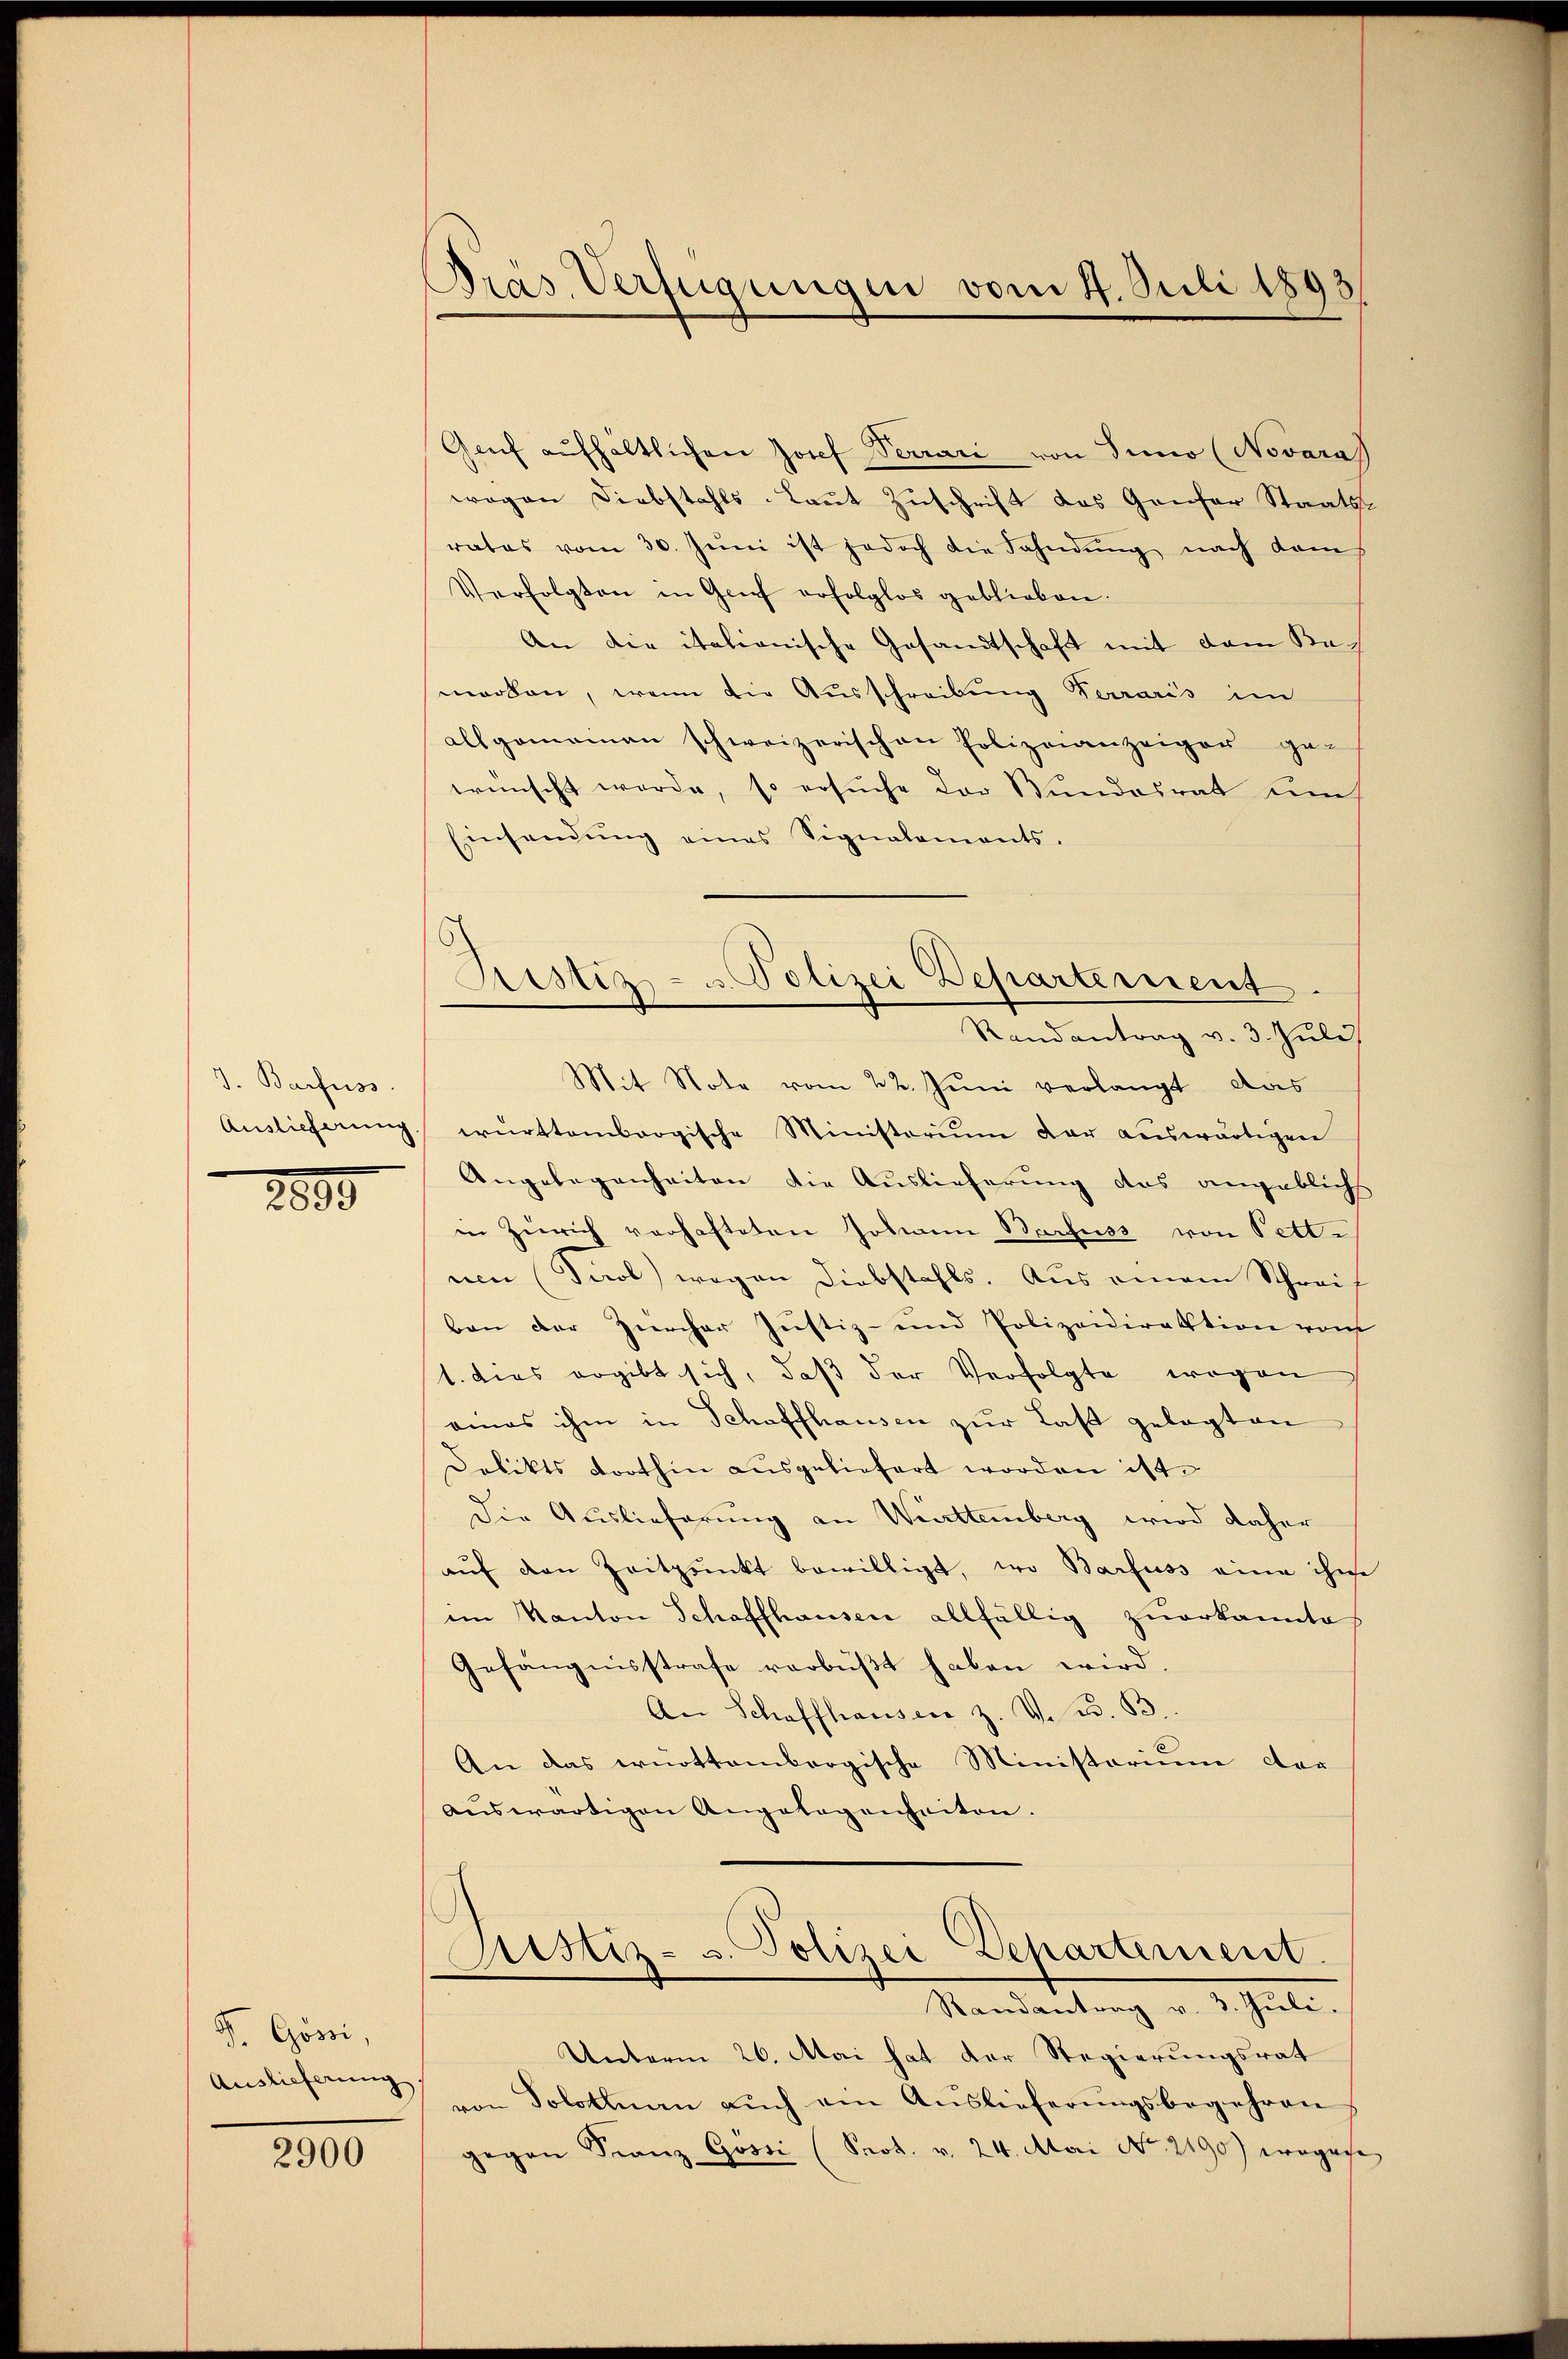
J. Barfuss.
Auslieferung.

2890.

F. Gössi,
Auslieferung

2900

Pras Verfügungen vom 4. Juli 1893/

Justiz- & Polizei Departement.
Randantrag v. 3. Juli
Mit Note vom 22. Juni verlangt das

Grŭf aŭfhältlichen Josef Verrari von Sino (Novaras
wegen Diebstahls-Laut Zuschrift das Genfer Staatsrates vom 30. Jŭni ist jedoch die Fahndŭng nach dams
Verfolgten in Grief erfolglos geblieben.
An die italionische Gesandtschaft mit dem Bemarben, wenn die Ausschreibung Ferraris im
allgemeinen schweizerischen Polizeianzeiger ge-
wünscht werde, so ersuche der Bundesrat um
Einsendŭng eines Signalaments-
württembergische Ministerium der auswärtigen
Angelegenheiten die Auslieferung das angeblichs
in Zürich verhafteten Johann Barfuss von Pett.
ue (Paol) wegen Diebstahls. Aus einem Schreif
ben der Zürcher Justiz- und Polizeidirektion vom
1. dies ergibt sich, daß der Verfolgte wegen
eines ihm in Schaffhausen zur Last gelegten
Delikts dorthin ausgeliefert worden ist.
Die Auslieferung an Württemberg wird daher
aŭf den Zeitpunkt bewilligt, wo Barfuss eine ihne
im Kanton Schaffhausen allfällig zuerkannte
Gefängnisstrafe verbüßt haben wird.
An Schaffhausen z. V. d. B.
An das württembergische Ministerium der
aŭswärtigen Angelegenheiten.
Astiz- u. Polizei-Departement.
Randantrag v. 3. Juli.
Unterm 26. Mai hat der Regierungsrat
von Solothurn aŭch ein Aŭslieferŭngsbegehren
gegen Franz Gösii (Prot. v. 24. Mai No 2190) eingege